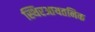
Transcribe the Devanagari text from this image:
स्थिरआयतनिक